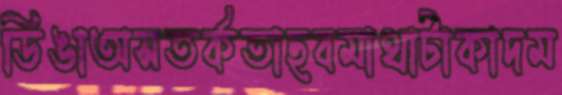
ডিঙাঅসতর্কতাছবমাথাটাকাদম